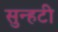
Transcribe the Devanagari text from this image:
सुन्हटी